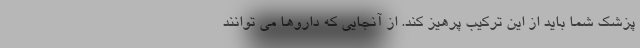
پزشک شما باید از این ترکیب پرهیز کند. از آنجایی که داروها می توانند